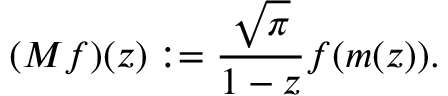
( M f ) ( z ) : = { \frac { \sqrt { \pi } } { 1 - z } } f ( m ( z ) ) .